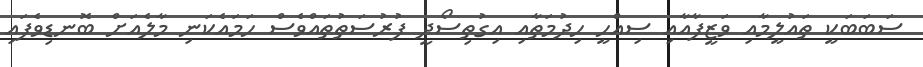
ސަބަބަކީ ތައުލީމާއި ވަޒީފާއާއި ސިއްހީ ހިދުމަތާއި އިގުތިސޯދީ ފުރުސަތުތައްވެސް ހަމައެކަނި މާލެއަށް ބޮނޑިވެފައި